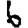
Digit: 6